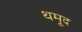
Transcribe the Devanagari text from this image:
थमूद